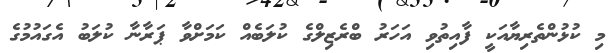
މި ކުޅުންތެރިޔާއަކީ ފާއިތުވި އަހަރު ބްރެޒިލްގެ ކުލަބެއް ކަމަށްވާ ޕަރާނާ ކުލަބު އެގައުމުގެ